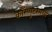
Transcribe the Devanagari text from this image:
काँम्प्युटरमध्ये